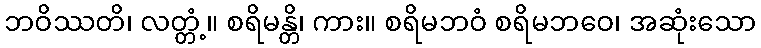
ဘဝိဿတိ၊ လတ္တံ့။ စရိမန္တိ၊ ကား။ စရိမဘဝံ စရိမဘဝေ၊ အဆုံးသော